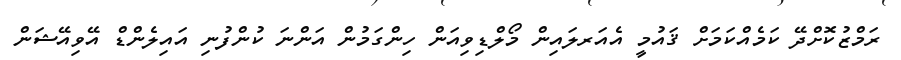
ރަމްޒުކޮށްދޭ ކަމެއްކަމަށް ޤައުމީ އެއަރލައިން މޯލްޑިވިއަން ހިންގަމުން އަންނަ ކުންފުނި އައިލެންޑް އޭވިއޭޝަން